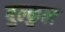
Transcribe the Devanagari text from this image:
बुल्कुल